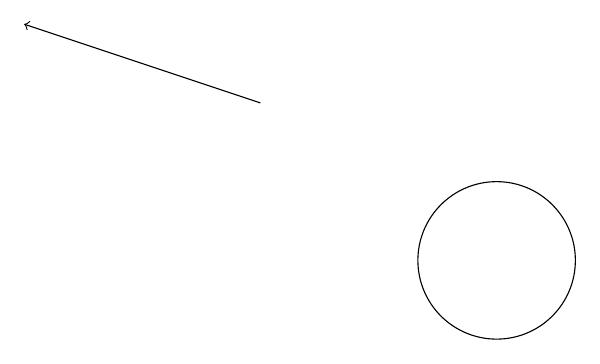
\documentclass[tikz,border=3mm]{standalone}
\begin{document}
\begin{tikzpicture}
\draw (12,12) circle (1);
\draw[->] (9,14) -- (6,15);
\draw (10,11) circle (0);
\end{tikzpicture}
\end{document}